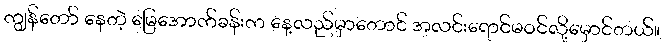
ကျွန်တော် နေတဲ့ မြေအောက်ခန်းက နေ့လည်မှာတောင် အလင်းရောင်မဝင်လို့မှောင်တယ်။